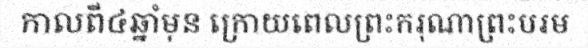
កាលពី៤ឆ្នាំមុន ក្រោយពេលព្រះករុណាព្រះបរម